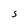
Character: 5